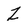
Character: Z